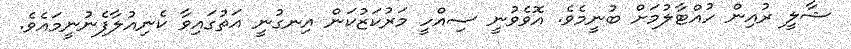
ޝާލީ ރުއިން ހުއްޓާލުމަށް ބުނީމެވެ. އޮވެވުނީ ސިއްހީ މަރުކަޒުކަން އިނގުނީ އަތުގައިވާ ކެނިއުލާފެނުނީމައެވެ.